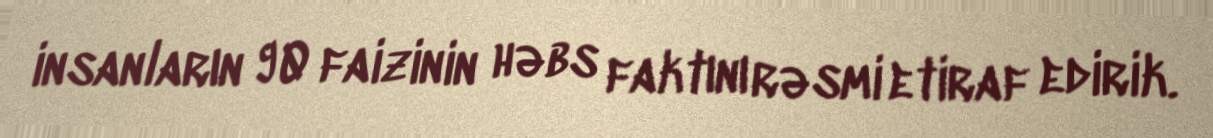
insanların 90 faizinin həbs faktını rəsmi etiraf edirik.